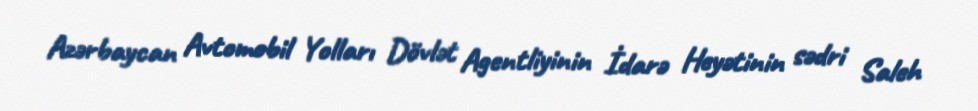
Azərbaycan Avtomobil Yolları Dövlət Agentliyinin İdarə Heyətinin sədri Saleh